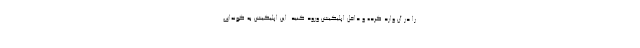
را در آن وارد کرده و داخل اپلیکیشن ورود کنید. این اپلیکیشن به گونه‌ای